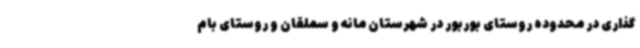
گذاری در محدوده روستای بوربور در شهرستان مانه و سملقان و روستای بام